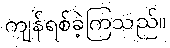
ကျန်ရစ်ခဲ့ကြသည်။